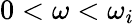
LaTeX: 0<\omega<\omega_{i}